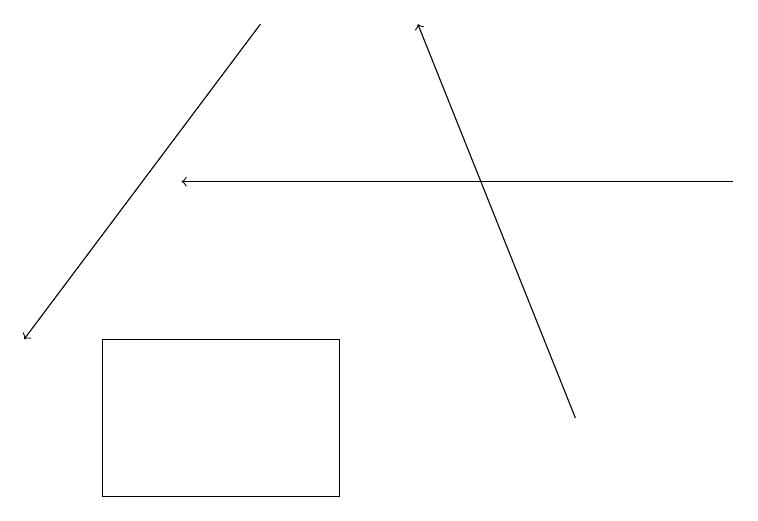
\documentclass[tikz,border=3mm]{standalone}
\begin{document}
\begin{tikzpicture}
\draw[->] (7,11) -- (5,16);
\draw[->] (3,16) -- (0,12);
\draw (1,10) rectangle (4,12);
\draw[->] (9,14) -- (2,14);
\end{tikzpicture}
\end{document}